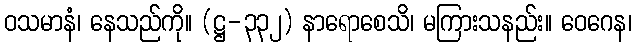
ဝသမာနံ၊ နေသည်ကို။ (ဋ္ဌ-၃၃၂) နာရောစေသိ၊ မကြားသနည်း။ ဝေဂေန၊